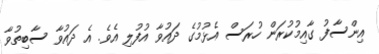
އިންސާފު ގާއިމުކުރަން ހުރަސް އެޅުމުގެ ދައުވާ އުފުލި އެވެ. އެ ދައުވާ ސާބިތުވާ